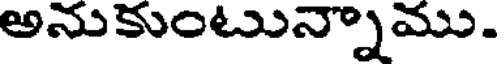
అనుకుంటున్నాము.